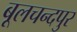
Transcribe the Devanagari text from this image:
बूलचन्दपुर